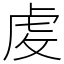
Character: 䖍